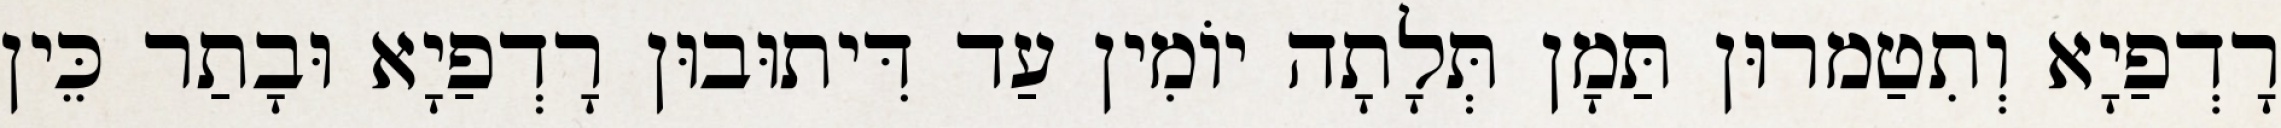
רָדְפַיָא וְתִטַמרוּן תַּמָן תְּלָתָה יוֹמִין עַד דִּיתוּבוּן רָדְפַיָא וּבָתַר כֵּין